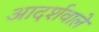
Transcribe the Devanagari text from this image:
आदर्शवाले